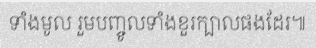
ទាំងមូល រួមបញ្ចូលទាំងខួរក្បាលផងដែរ៕